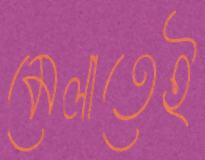
মেলাতেই